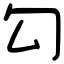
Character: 勾